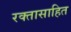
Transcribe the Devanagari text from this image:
रक्तासाहित